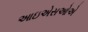
આઇએસઓએ